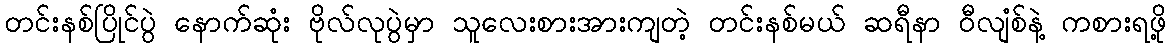
တင်းနစ်ပြိုင်ပွဲ နောက်ဆုံး ဗိုလ်လုပွဲမှာ သူလေးစားအားကျတဲ့ တင်းနစ်မယ် ဆရီနာ ဝီလျံစ်နဲ့ ကစားရဖို့